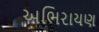
અભિરાયણ